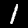
Label: 1